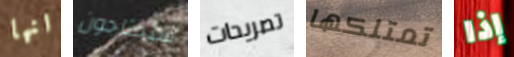
انها سيحتاجون تصريحات تمتلكها إذا